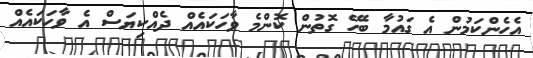
އެހެންކަމުން އެ ގައުމާ ބެހޭ ގޮތުން ކޮންމެ ވާހަކައެއް ދެއްކިޔަސް އެ ވާހަކައެއް